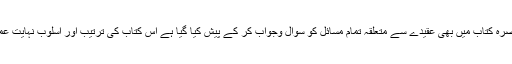
زیرِ تبصرہ کتاب میں بھی عقیدے سے متعلقہ تمام مسائل کو سوال وجواب کر کے پیش کیا گیا ہے اس کتاب کی ترتیب اور اسلوب نہایت عمدہ ہے۔